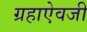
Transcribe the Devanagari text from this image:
ग्रहाऐवजी